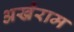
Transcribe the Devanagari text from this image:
अखैराम